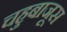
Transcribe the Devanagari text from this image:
चहुबाजूस